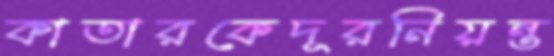
কাতারকেদূরনিয়ন্ত